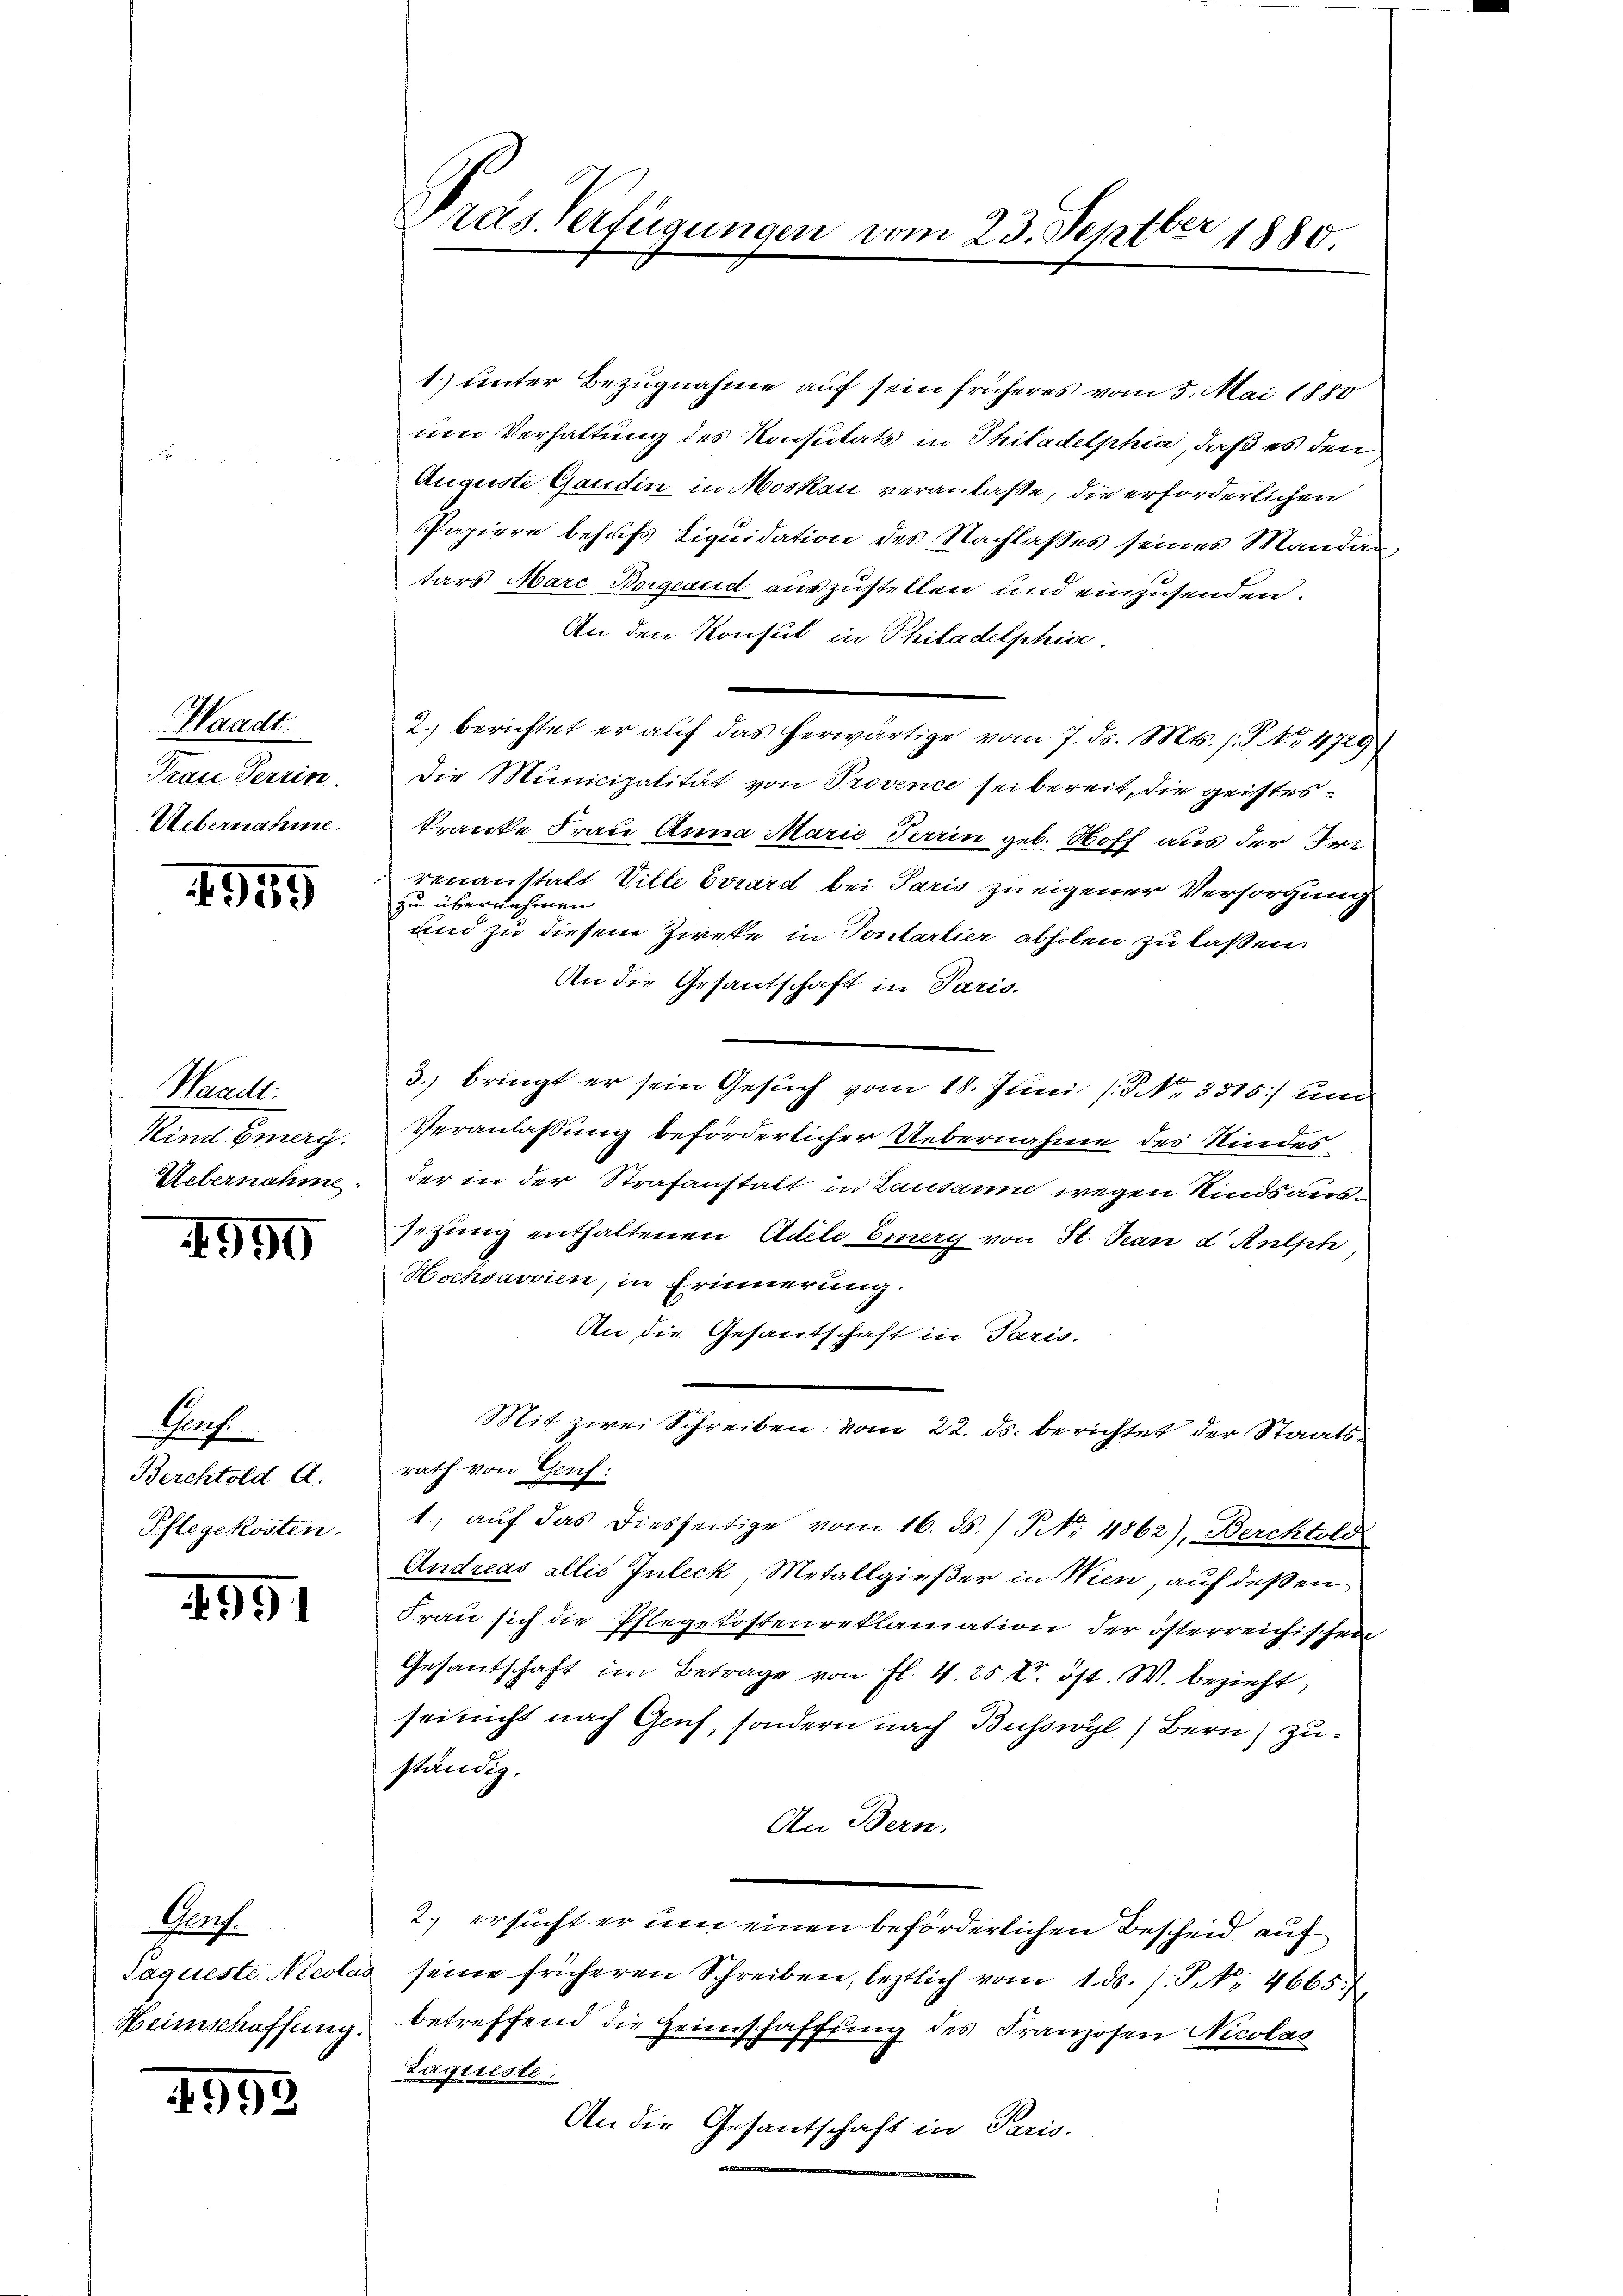
Waadt.
Frau Terrin
Uebernahme.

959

Waadt.
Sind Energ
Uebernahme.

1950

Prof.
Berchtold A.
Pflegekosten.

4991

Gef
Laqueste Nicola
Heimschaffung.

4953

Pras Verfügungen vom 23. Septber 1880.

1) unter Bezugnahme auf sein früheres vom 5. Mai 1850
um Verhaltung des Konsutats in Thiladelphia, daß es den
Auguste Gaudin in Moskau veranlaße, die erforderlichen
Papiere behufs Liquidation des Nachlasses seines Mandan
tars Marc Borgeaud auszustellen und einzusenden.
An den Konsul in Philadelphia
2.) berichtet er auf das herwärtige vom 7. ds. Mts. s. S. 4729
die Municipalität von Provence sei bereit, die geisteskranke Frau Anna Marie darin geb. Hoff aus der Ire
renanstalt Ville Evrard bei Paris zu eigener Versorgung
zu übernehmen.
und zu diesem Zirke in Sontarlier abholen zu laßen.
An die Gesantschaft in Paris.
3. bringt er sein Gesuch vom 18. Juni [§ No. 3515) und
Veranlassung beförderlicher Uebernahme des Kindes
der in der Strafanstatt in Lausanne wegen Kindsaussizurig enthaltenen Adele Eiery von St. Jean d Rulph
Hochsavvien, in Erinnerung.
An die Gesantschaft in Paris.
Mit zwei Schreiben vom 22. ds. berichtet der Staatsrath von Gruf:
1., auf das diesseitige vom 16. ds. / P. Nr. 4862), Berchtold
Andreas allie Inteck, Metallgießer in Wien, auf deßen
Frau sich die Pflegekostenreklamation der österreichischen
Gesantschaft im Betrage von Fl. v. 25 V. öst. W. bezieht,
sei nicht nach Genf, sondern nach Busswyl) Bern) zuständig.
An Bern.
2.) ersucht er um einen beförderlichen Bescheid, auf
3 seine früheren Schreiben, letztlich vom 1. ds. s. P NNo. 4665.
betreffend die Heimschaffung des Franzosen Nicolas
Laqueste.
An die Gesantschaft in Paris.